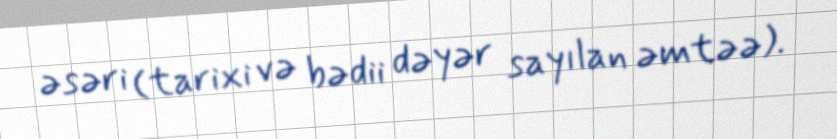
əsəri (tarixi və bədii dəyər sayılan əmtəə).